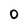
Character: O